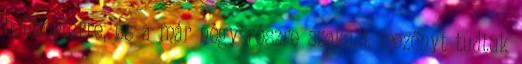
helikopterre, és a már négy részre szakadt mezőnyt tudtuk